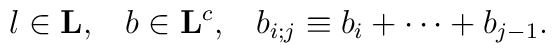
l \in {\bf L}, \; \; \;   b \in {\bf L}^c , \; \; \;b_{i;j} \equiv b_i + \cdots + b_{j-1}.